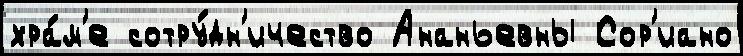
хра́м'е сотру́дн'ичество Ананьевны Сор'иано